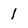
Character: 1